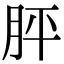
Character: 胓